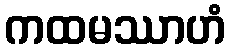
ကထမဿာဟံ